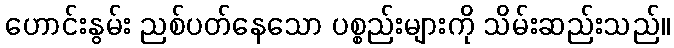
ဟောင်းနွမ်း ညစ်ပတ်နေသော ပစ္စည်းများကို သိမ်းဆည်းသည်။